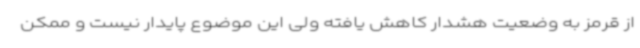
از قرمز به وضعیت هشدار کاهش یافته ولی این موضوع پایدار نیست و ممکن